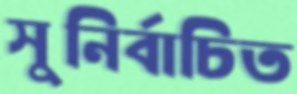
সুনির্বাচিত